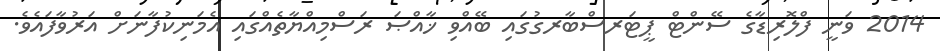
2014 ވަނީ ފްލޮރިޑާގެ ސޭންޓް ޕީޓަރސްބާރގުގައި ބޭއްވި ޚާއްޞަ ރަސްމިއްޔާތެއްގައި އެމަނިކުފާނަށް އަރުވާފައެވެ.